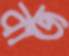
বাজ